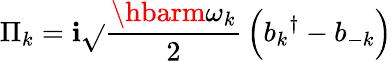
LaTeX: \Pi_{k}=\mathbf{i}{\sqrt{}{{\frac{{\hbarm\omega_{k}}}{{2}}}}}\left({b_{k}}^{\dagger}-b_{-k}\right)